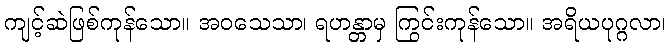
ကျင့်ဆဲဖြစ်ကုန်သော။ အဝသေသာ၊ ရဟန္တာမှ ကြွင်းကုန်သော။ အရိယပုဂ္ဂလာ၊